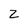
Character: 2